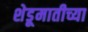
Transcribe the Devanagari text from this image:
शेडूमातीच्या